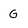
Character: G